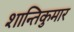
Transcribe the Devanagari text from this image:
शान्तिकुमार